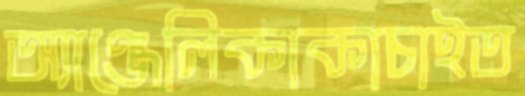
অ্যাঞ্জেলিকাকাচাইত